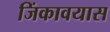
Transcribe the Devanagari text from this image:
जिंकावयास